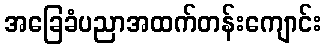
အခြေခံပညာအထက်တန်းကျောင်း